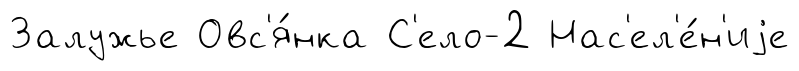
Залужье Овс'я́нка С'ело-2 Нас'ел'е́н'иjе